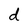
Character: d